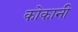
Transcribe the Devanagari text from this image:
कोकानी